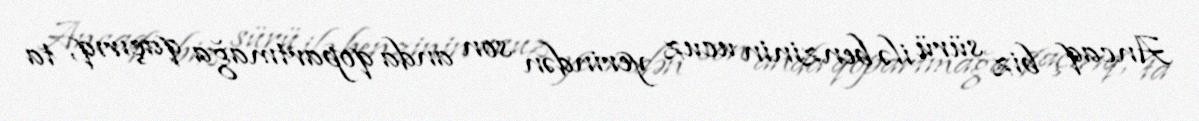
Ancaq biz sürü ilə benzinin ucuz yerindən son anda qopartmağa qaçırıq, ta